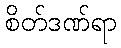
စိတ်ဒဏ်ရာ